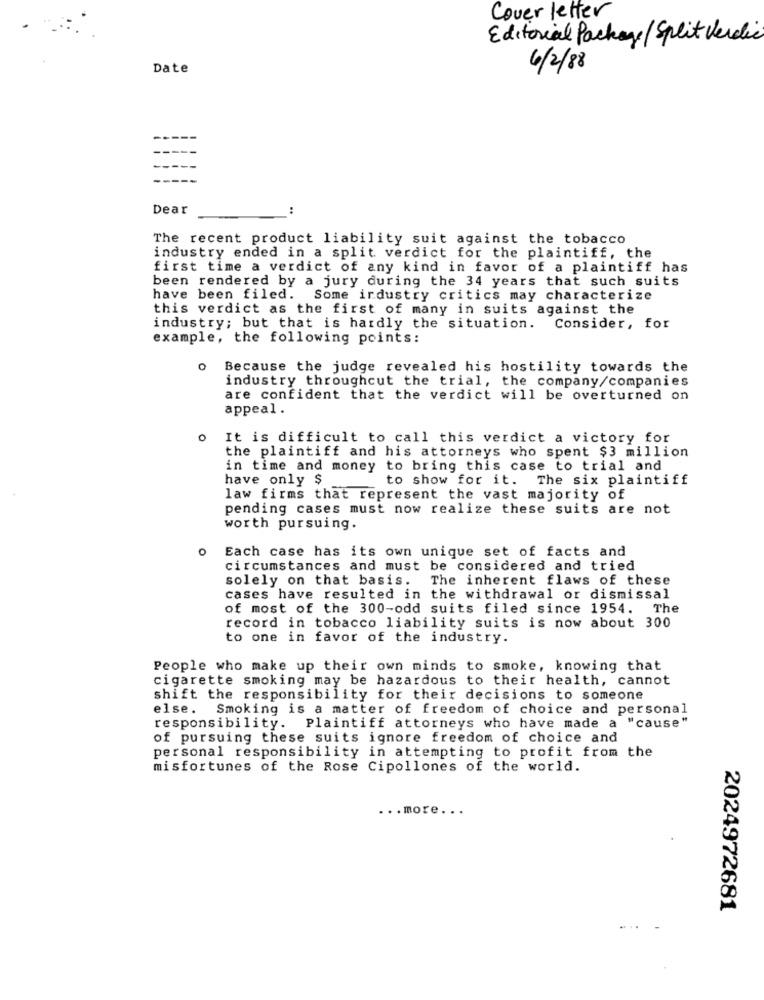
Cover letter
Editorial Package / Split Verdic
Date
6/2/88
-
--
Dear
The recent product liability suit against the tobacco
industry ended in a split verdict for the plaintiff, the
first time a verdict of any kind in favor of a plaintiff has
been rendered by a jury during the 34 years that such suits
have been filed. Some industry critics may characterize
this verdict as the first of many in suits against the
industry; but that is hardly the situation. Consider, for
example, the following points:
o Because the judge revealed his hostility towards the
industry throughcut the trial, the company/companies
are confident that the verdict will be overturned on
appeal .
It is difficult to call this verdict a victory for
the plaintiff and his attorneys who spent $3 million
in time and money to bring this case to trial and
have only $
to show for it. The six plaintiff
law firms that represent the vast majority of
pending cases must now realize these suits are not
worth pursuing.
Each case has its own unique set of facts and
circumstances and must be considered and tried
solely on that basis. The inherent flaws of these
cases have resulted in the withdrawal or dismissal
of most of the 300-odd suits filed since 1954. The
record in tobacco liability suits is now about 300
to one in favor of the industry.
People who make up their own minds to smoke, knowing that
cigarette smoking may be hazardous to their health, cannot
shift the responsibility for their decisions to someone
else.
Smoking is a matter of freedom of choice and personal
responsibility. Plaintiff attorneys who have made a "cause"
of pursuing these suits ignore freedom of choice and
personal responsibility in attempting to profit from the
misfortunes of the Rose Cipollones of the world.
... more ...
2024972681